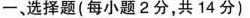
选择题(每小题2分，共14分)